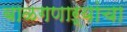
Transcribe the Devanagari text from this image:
बाळगणाऱ्यांचा